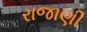
રાજાણી